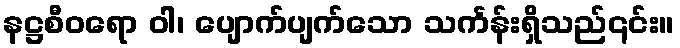
နဋ္ဌစီဝရော ဝါ၊ ပျောက်ပျက်သော သင်္ကန်းရှိသည်၎င်း။